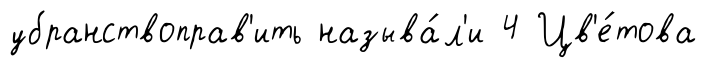
убранствоправ'ить называ́л'и 4 Цв'е́това